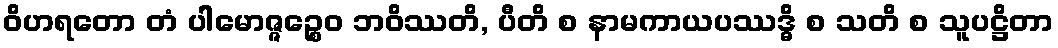
ဝိဟရတော တံ ပါမောဇ္ဇဉ္စေဝ ဘဝိဿတိ, ပီတိ စ နာမကာယပဿဒ္ဓိ စ သတိ စ သူပဋ္ဌိတာ